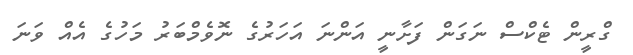
ގްރީން ޓެކްސް ނަގަން ފަށާނީ އަންނަ އަހަރުގެ ނޮވެމްބަރު މަހުގެ އެއް ވަނަ